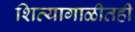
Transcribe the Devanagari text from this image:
शिव्यागाळीतही